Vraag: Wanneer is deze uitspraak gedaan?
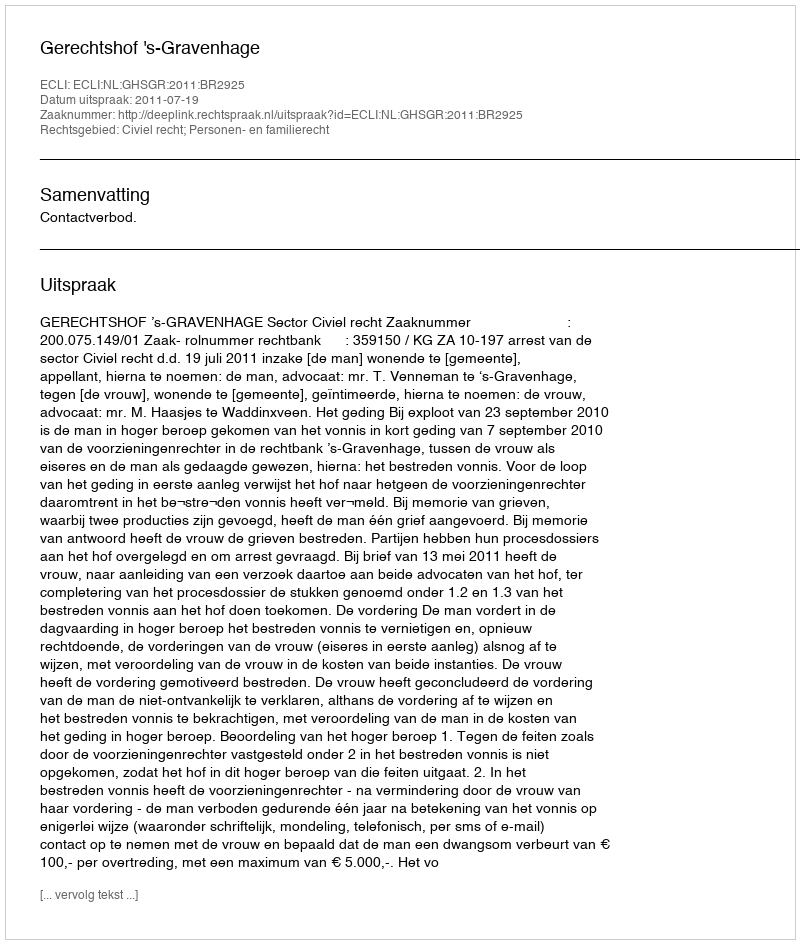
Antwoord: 2011-07-19